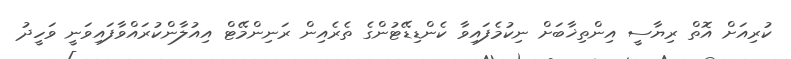
ކުރިއަށް އޮތް ރިޔާސީ އިންތިޚާބަށް ނިކުމެފައިވާ ކެންޑިޑޭޓުންގެ ތެރެއިން ރަނިންމޭޓް އިއުލާންކުރައްވާފައިވަނީ ވަހީދު